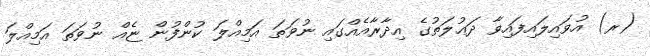
(ރ) އުވައިލައިފައިވާ ދަޢުލަތުގެ އިދާރާއެއްގައި ނުވަތަ އަމިއްލަ ކުންފުން ޏެއް ނުވަތަ އަމިއްލަ